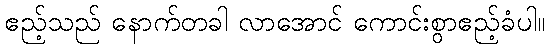
ဧည့်သည် နောက်တခါ လာအောင် ကောင်းစွာဧည့်ခံပါ။